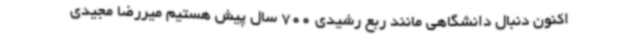
اکنون دنبال دانشگاهی مانند ربع رشیدی 700 سال پیش هستیم میررضا مجیدی